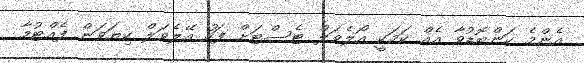
އެންމެ ކަންބޮޑުވާ އެއް ކަމަކީ އޯލެވަލް ޓެސްޓަށް ފަހު އޭލެވަލް ކިޔަވަން ފެއްޓުމާ